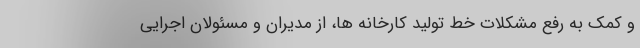
و کمک به رفع مشکلات خط تولید کارخانه ها، از مدیران و مسئولان اجرایی